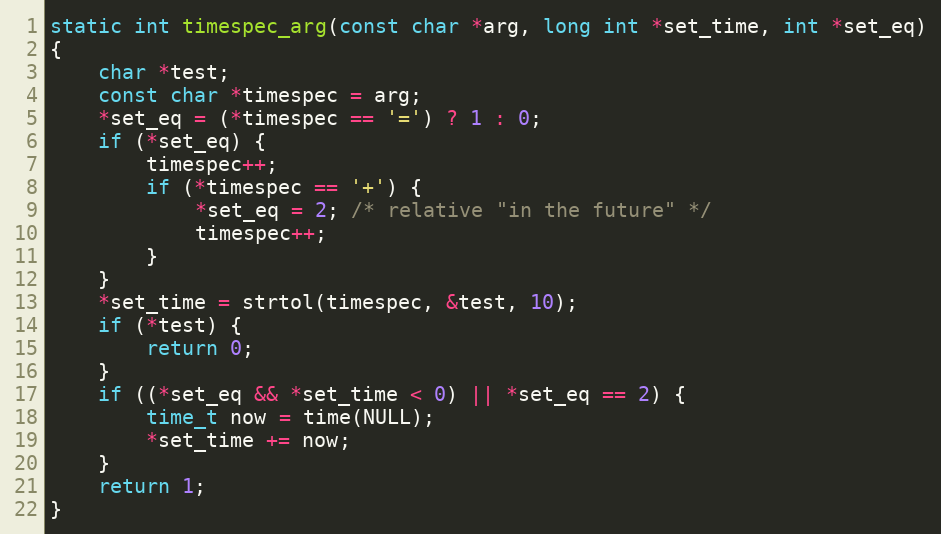
Language: C
static int timespec_arg(const char *arg, long int *set_time, int *set_eq)
{
	char *test;
	const char *timespec = arg;
	*set_eq = (*timespec == '=') ? 1 : 0;
	if (*set_eq) {
		timespec++;
		if (*timespec == '+') {
			*set_eq = 2; /* relative "in the future" */
			timespec++;
		}
	}
	*set_time = strtol(timespec, &test, 10);
	if (*test) {
		return 0;
	}
	if ((*set_eq && *set_time < 0) || *set_eq == 2) {
		time_t now = time(NULL);
		*set_time += now;
	}
	return 1;
}